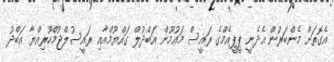
އެގޮތަށް މެންބަރުން އެދެނީ ޕީޕީއެމްގެ ރައީސް މައުމޫން އަބްދުލް ގައްޔޫމްއާއި ރައީސުލްޖުމްހޫރިއްޔާ އަބްދު